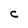
Character: C